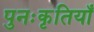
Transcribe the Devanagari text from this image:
पुनःकृतियाँ